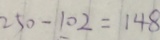
2 5 0 - 1 0 2 = 1 4 8